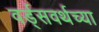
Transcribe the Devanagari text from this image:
वर्ड्‌सवर्थच्या